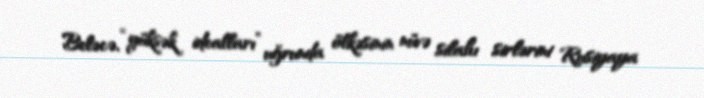
Beləcə, “yüksək idealları” uğrunda ölkəsinin nüvə silahı sirlərini Rusiyaya